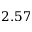
2 . 5 7